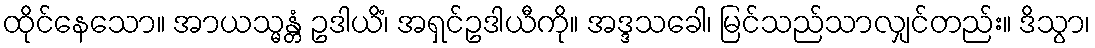
ထိုင်နေသော။ အာယသ္မန္တံ ဥဒါယိံ၊ အရှင်ဥဒါယီကို။ အဒ္ဒသခေါ၊ မြင်သည်သာလျှင်တည်း။ ဒိသွာ၊